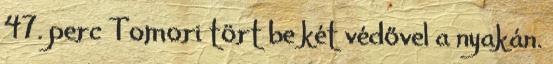
47. perc Tomori tört be két védővel a nyakán.